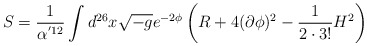
\begin{align*}S=\frac{1}{\alpha^{'12}}\int d^{26}x \sqrt{-g} e^{-2\phi}\left(R+4(\partial\phi)^2 - \frac{1}{2\cdot 3!} H^2 \right)\end{align*}